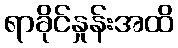
ရာခိုင်နှုန်းအထိ